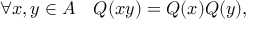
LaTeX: \forall x , y \in A \quad Q ( x y ) = Q ( x ) Q ( y ) ,